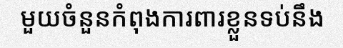
មួយចំនួនកំពុងការពារខ្លួនទប់នឹង